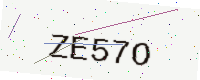
Text: ZE57O